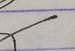
Signature authenticity: genuine